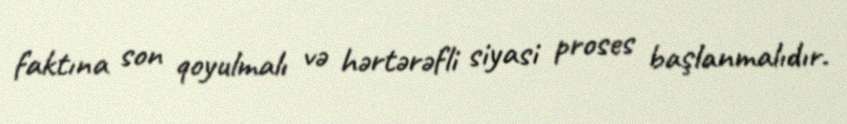
faktına son qoyulmalı və hərtərəfli siyasi proses başlanmalıdır.